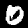
Digit: 0